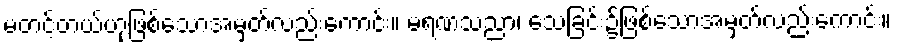
မတင့်တယ်ဟုဖြစ်သောအမှတ်လည်းကောင်း။ မရဏသညာ၊ သေခြင်း၌ဖြစ်သောအမှတ်လည်းကောင်း။